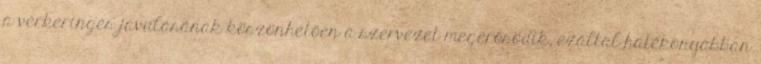
a vérkeringés javulásának köszönhetően a szervezet megerősödik, ezáltal hatékonyabban